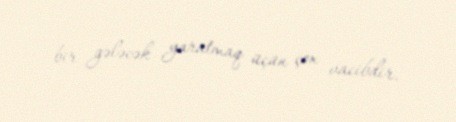
bir gələcək yaratmaq üçün çox vacibdir.